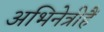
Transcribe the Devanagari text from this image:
अभिनेत्रीहैं